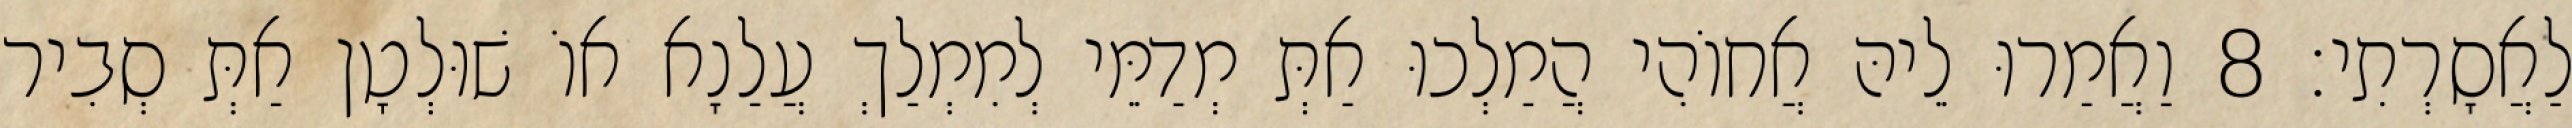
לַאֲסָרְתִי׃ 8 וַאֲמַרוּ לֵיהּ אֲחוֹהִי הֲמַלְכוּ אַתְּ מְדַמֵּי לְמִמְלַךְ עֲלַנָא אוֹ שׁוּלְטָן אַתְּ סְבִיר